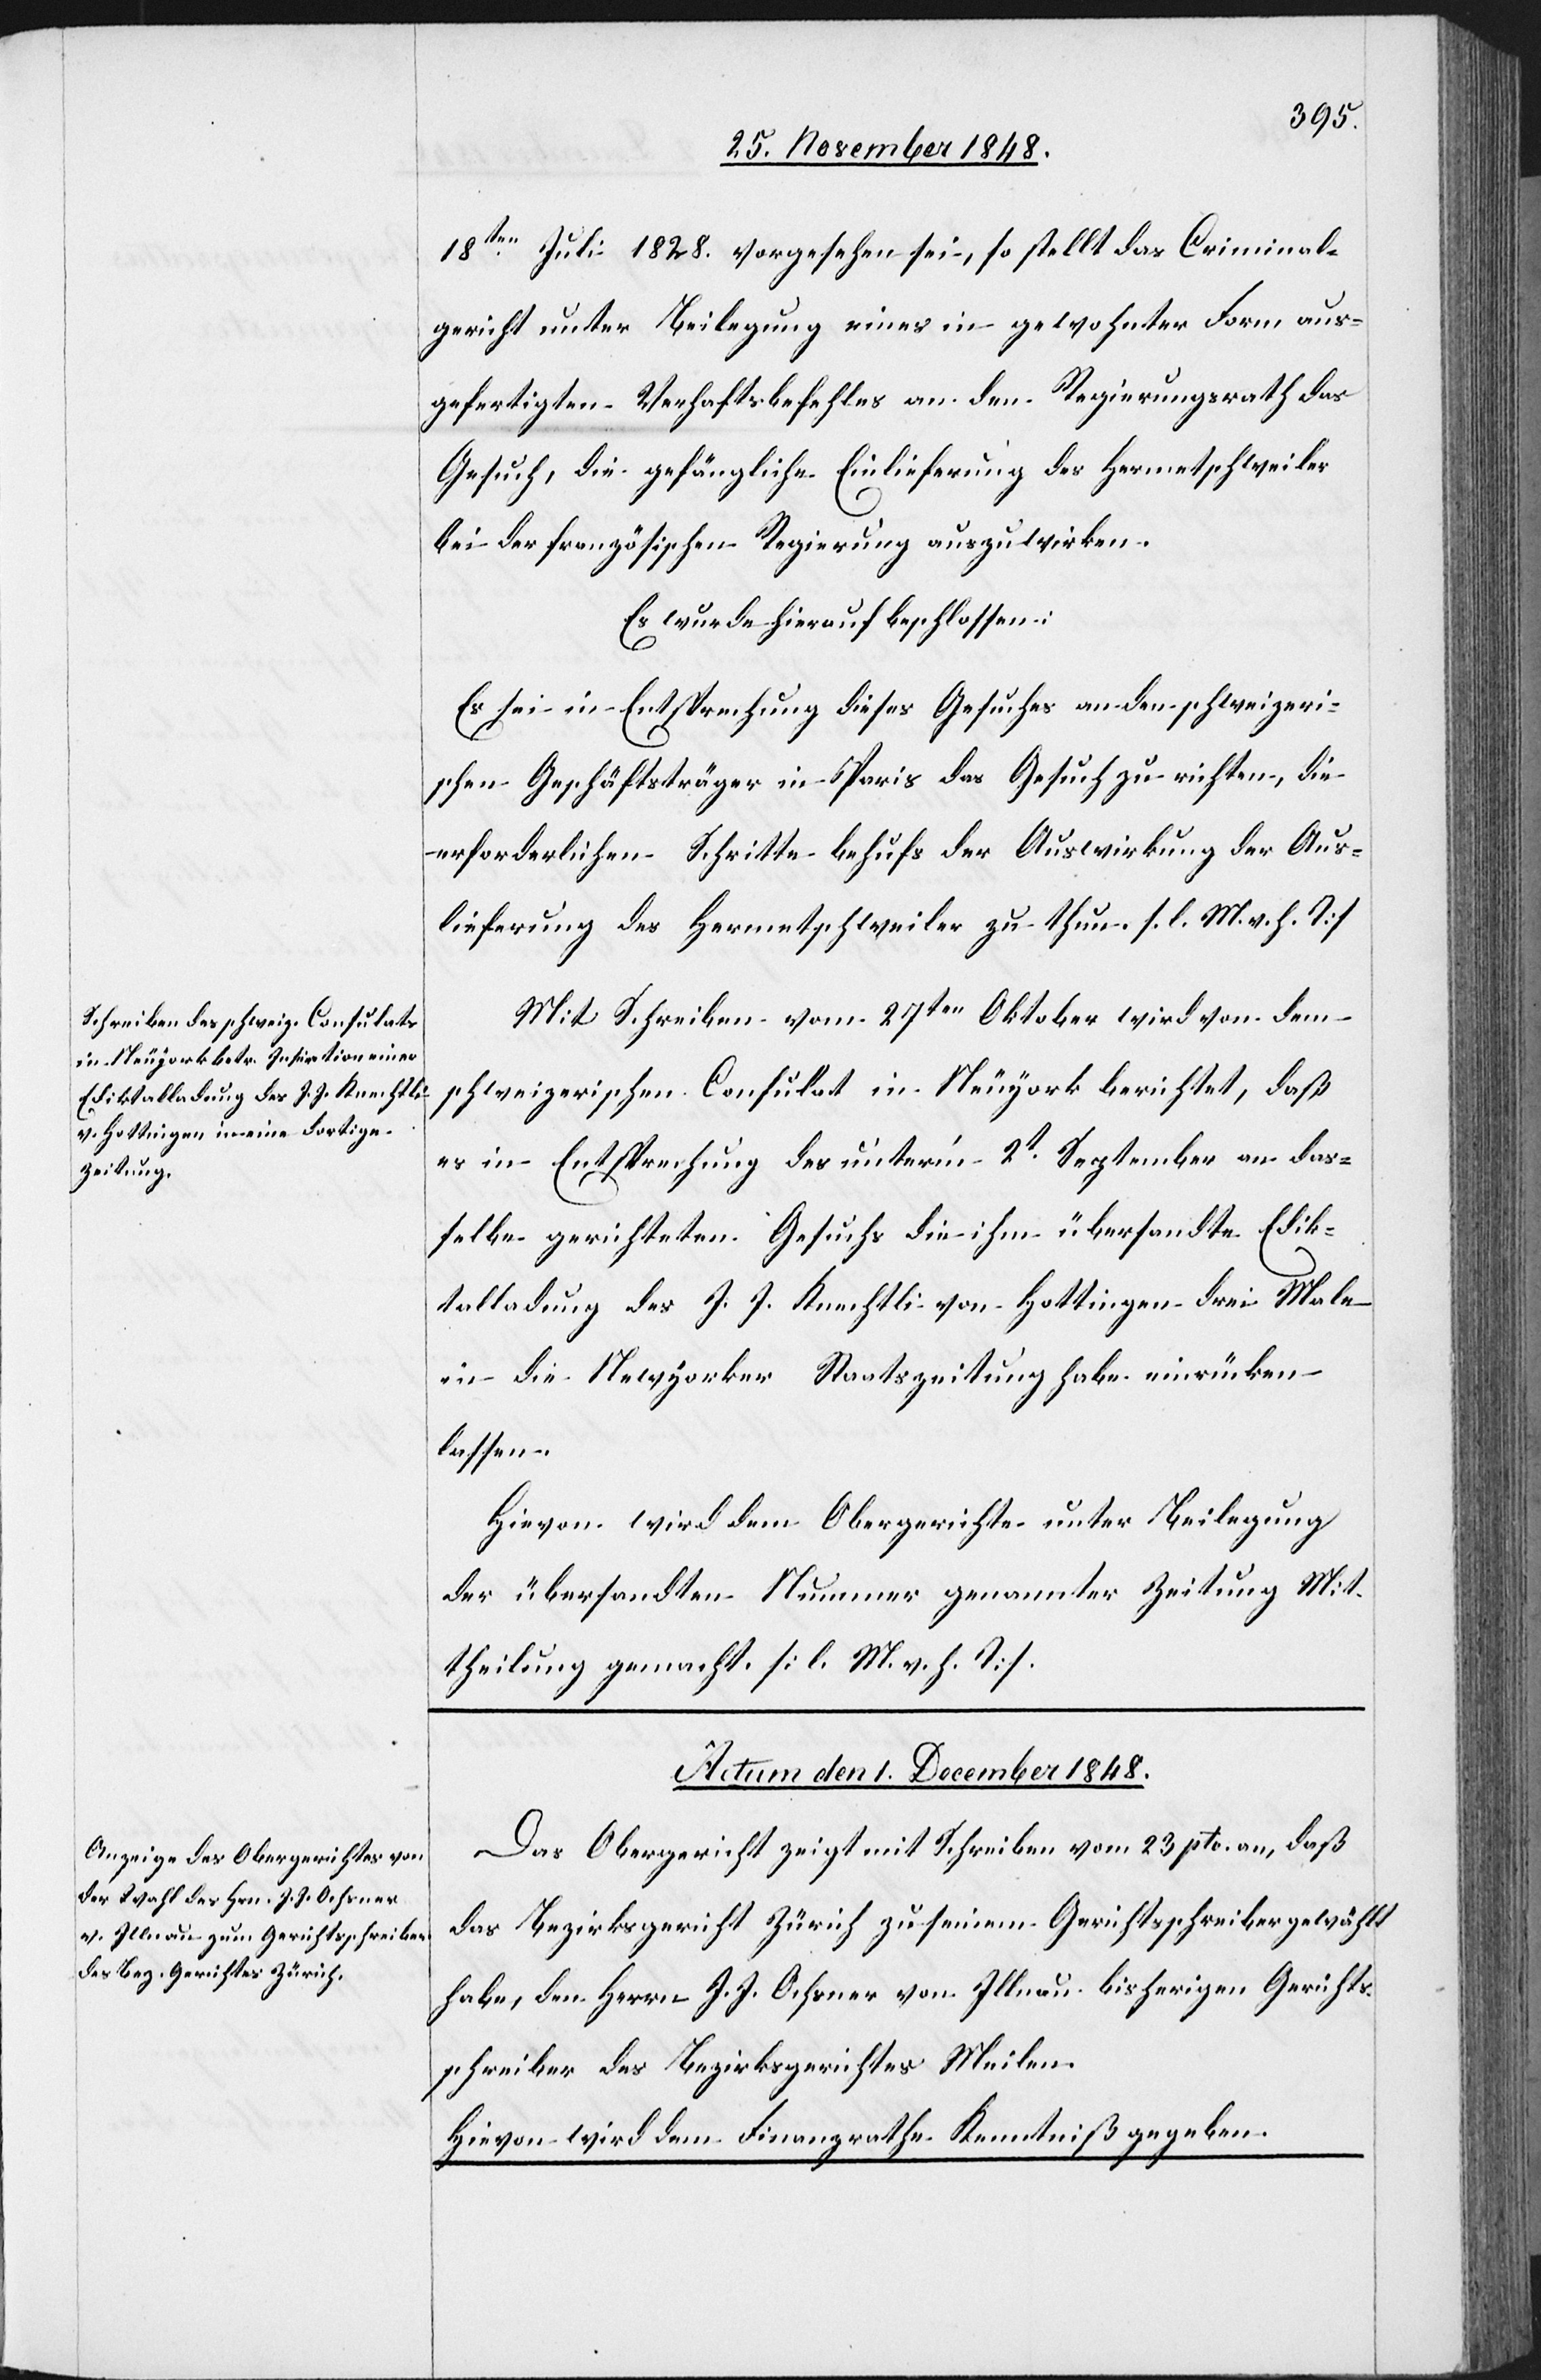
29. November 1848.]
18ten Juli 1828. vorgesehen sei, so stellt das Criminal¬
gericht unter Beilegung eines in gewohnter Form aus¬
gefertigten Verhaftsbefehles an den Regierungsrath das
Gesuch, die gefängliche Einlieferung des Hermetschweiler
bei der französischen Regierung auszuwirken.
Es wurde hierauf beschlossen:
Es sei in Entsprechung dieses Gesuches an den schweizeri¬
schen Geschäftsträger in Paris das Gesuch zu richten, die
erforderlichen Schritte behufs der Auswirkung der Aus¬
lieferung des Hermetschweiler zu thun. [l. M. v. h. T]
Mit Schreiben vom 27ten Oktober wird von dem
schweizerischen Consulat in Neujork berichtet, daß
es in Entsprechung des unter’m 2t September an das¬
selbe gerichteten Gesuchs die ihm übersandte Edik¬
talladung des J. J. Knechtli von Hottingen drei Male
in die Newyorker Staatszeitung habe einrücken
lassen.
Hievon wird dem Obergerichte unter Beilegung
der übersandten Nummer genannter Zeitung Mit¬
theilung gemacht. [l. M. v. h. T]
Actum den 1. Dezember 1848.
Das Obergericht zeigt mit Schreiben vom 23 pto. an, daß
das Bezirksgericht Zürich zu seinem Gerichtsschreiber gewählt
habe, den Herrn J. J. Ochsner von Illnau bisherigen Gerichts¬
schreiber des Bezirksgerichtes Meilen.
Hievon wird dem Finanzrathe Kenntniß gegeben.